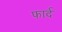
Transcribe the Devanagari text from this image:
फार्द